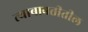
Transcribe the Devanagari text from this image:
त्याबाबतीतील